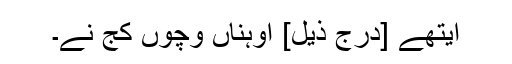
ایتھے [درج ذیل] اُوہناں وِچوں کُج نے۔